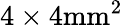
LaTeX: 4\times 4\mathrm{mm}^{2}